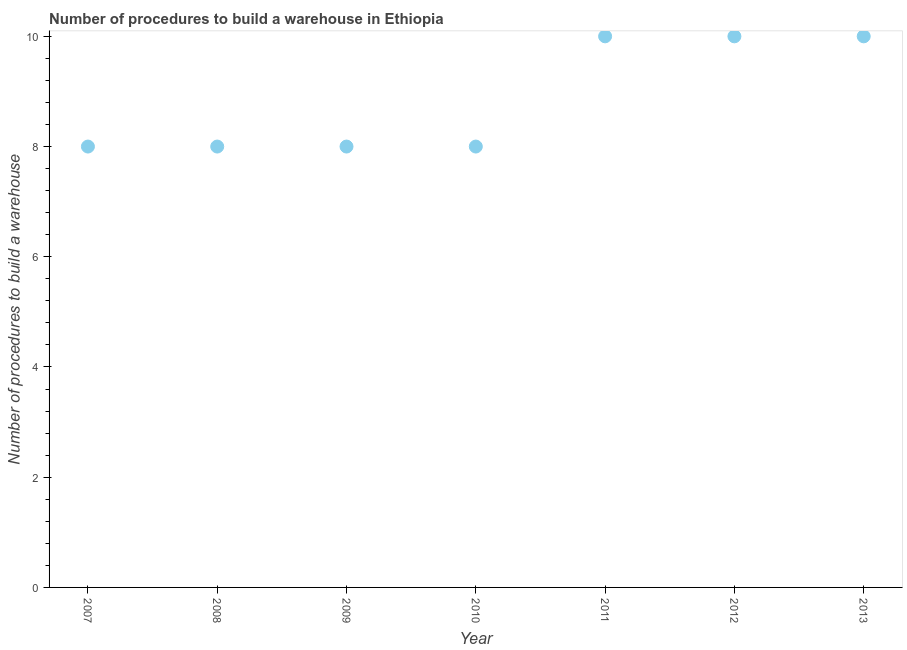
| Year | Build a warehouse |
 | --- | --- |
 | 2007 | 8 |
 | 2008 | 8 |
 | 2009 | 8 |
 | 2010 | 8 |
 | 2011 | 10 |
 | 2012 | 10 |
 | 2013 | 10 |